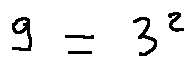
9 = 3 ^ { 2 }